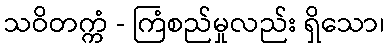
သဝိတက္ကံ - ကြံစည်မှုလည်း ရှိသော၊